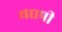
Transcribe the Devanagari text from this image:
यद्यपी